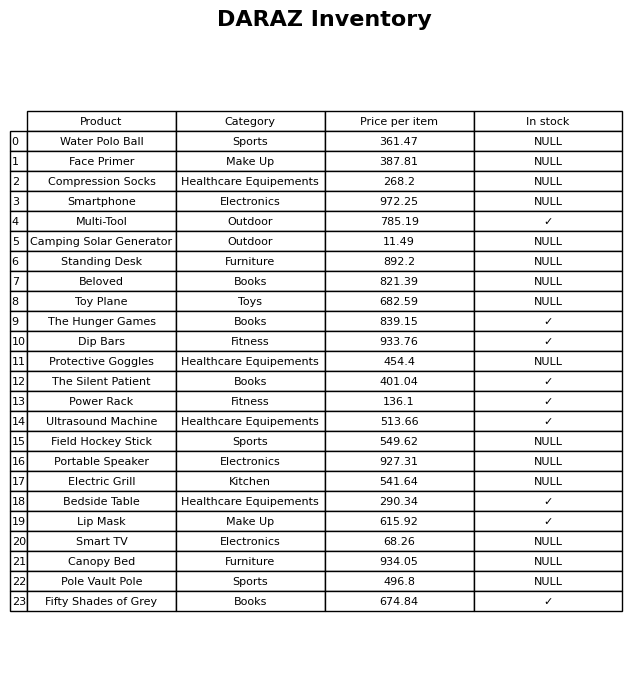
question: What is the price for Face Primer?
answer: The price of Face Primer is 387.81.